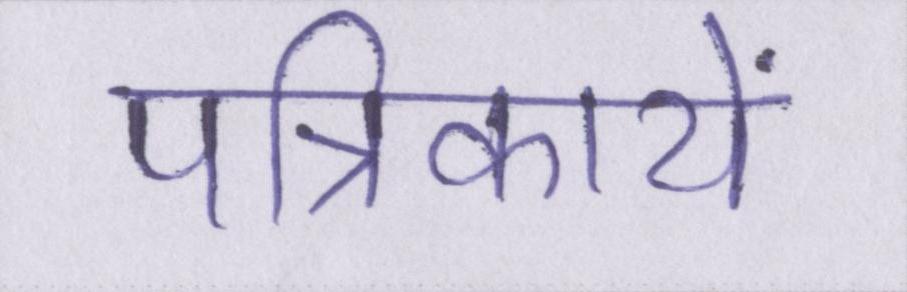
पत्रिकायें